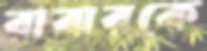
রাবারকে